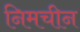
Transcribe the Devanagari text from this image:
निमचीन